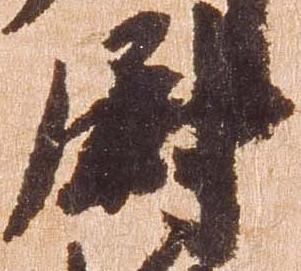
尉